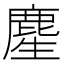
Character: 䴤